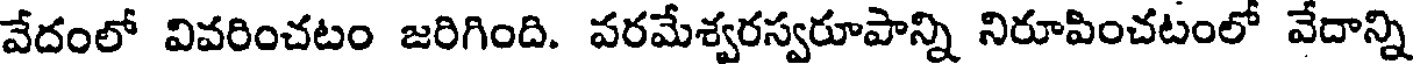
వేదంలో వివరించటం జరిగింది. వరమేశ్వరస్వరూపాన్ని నిరూపించటంలో వేదాన్ని